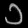
Digit: ၁